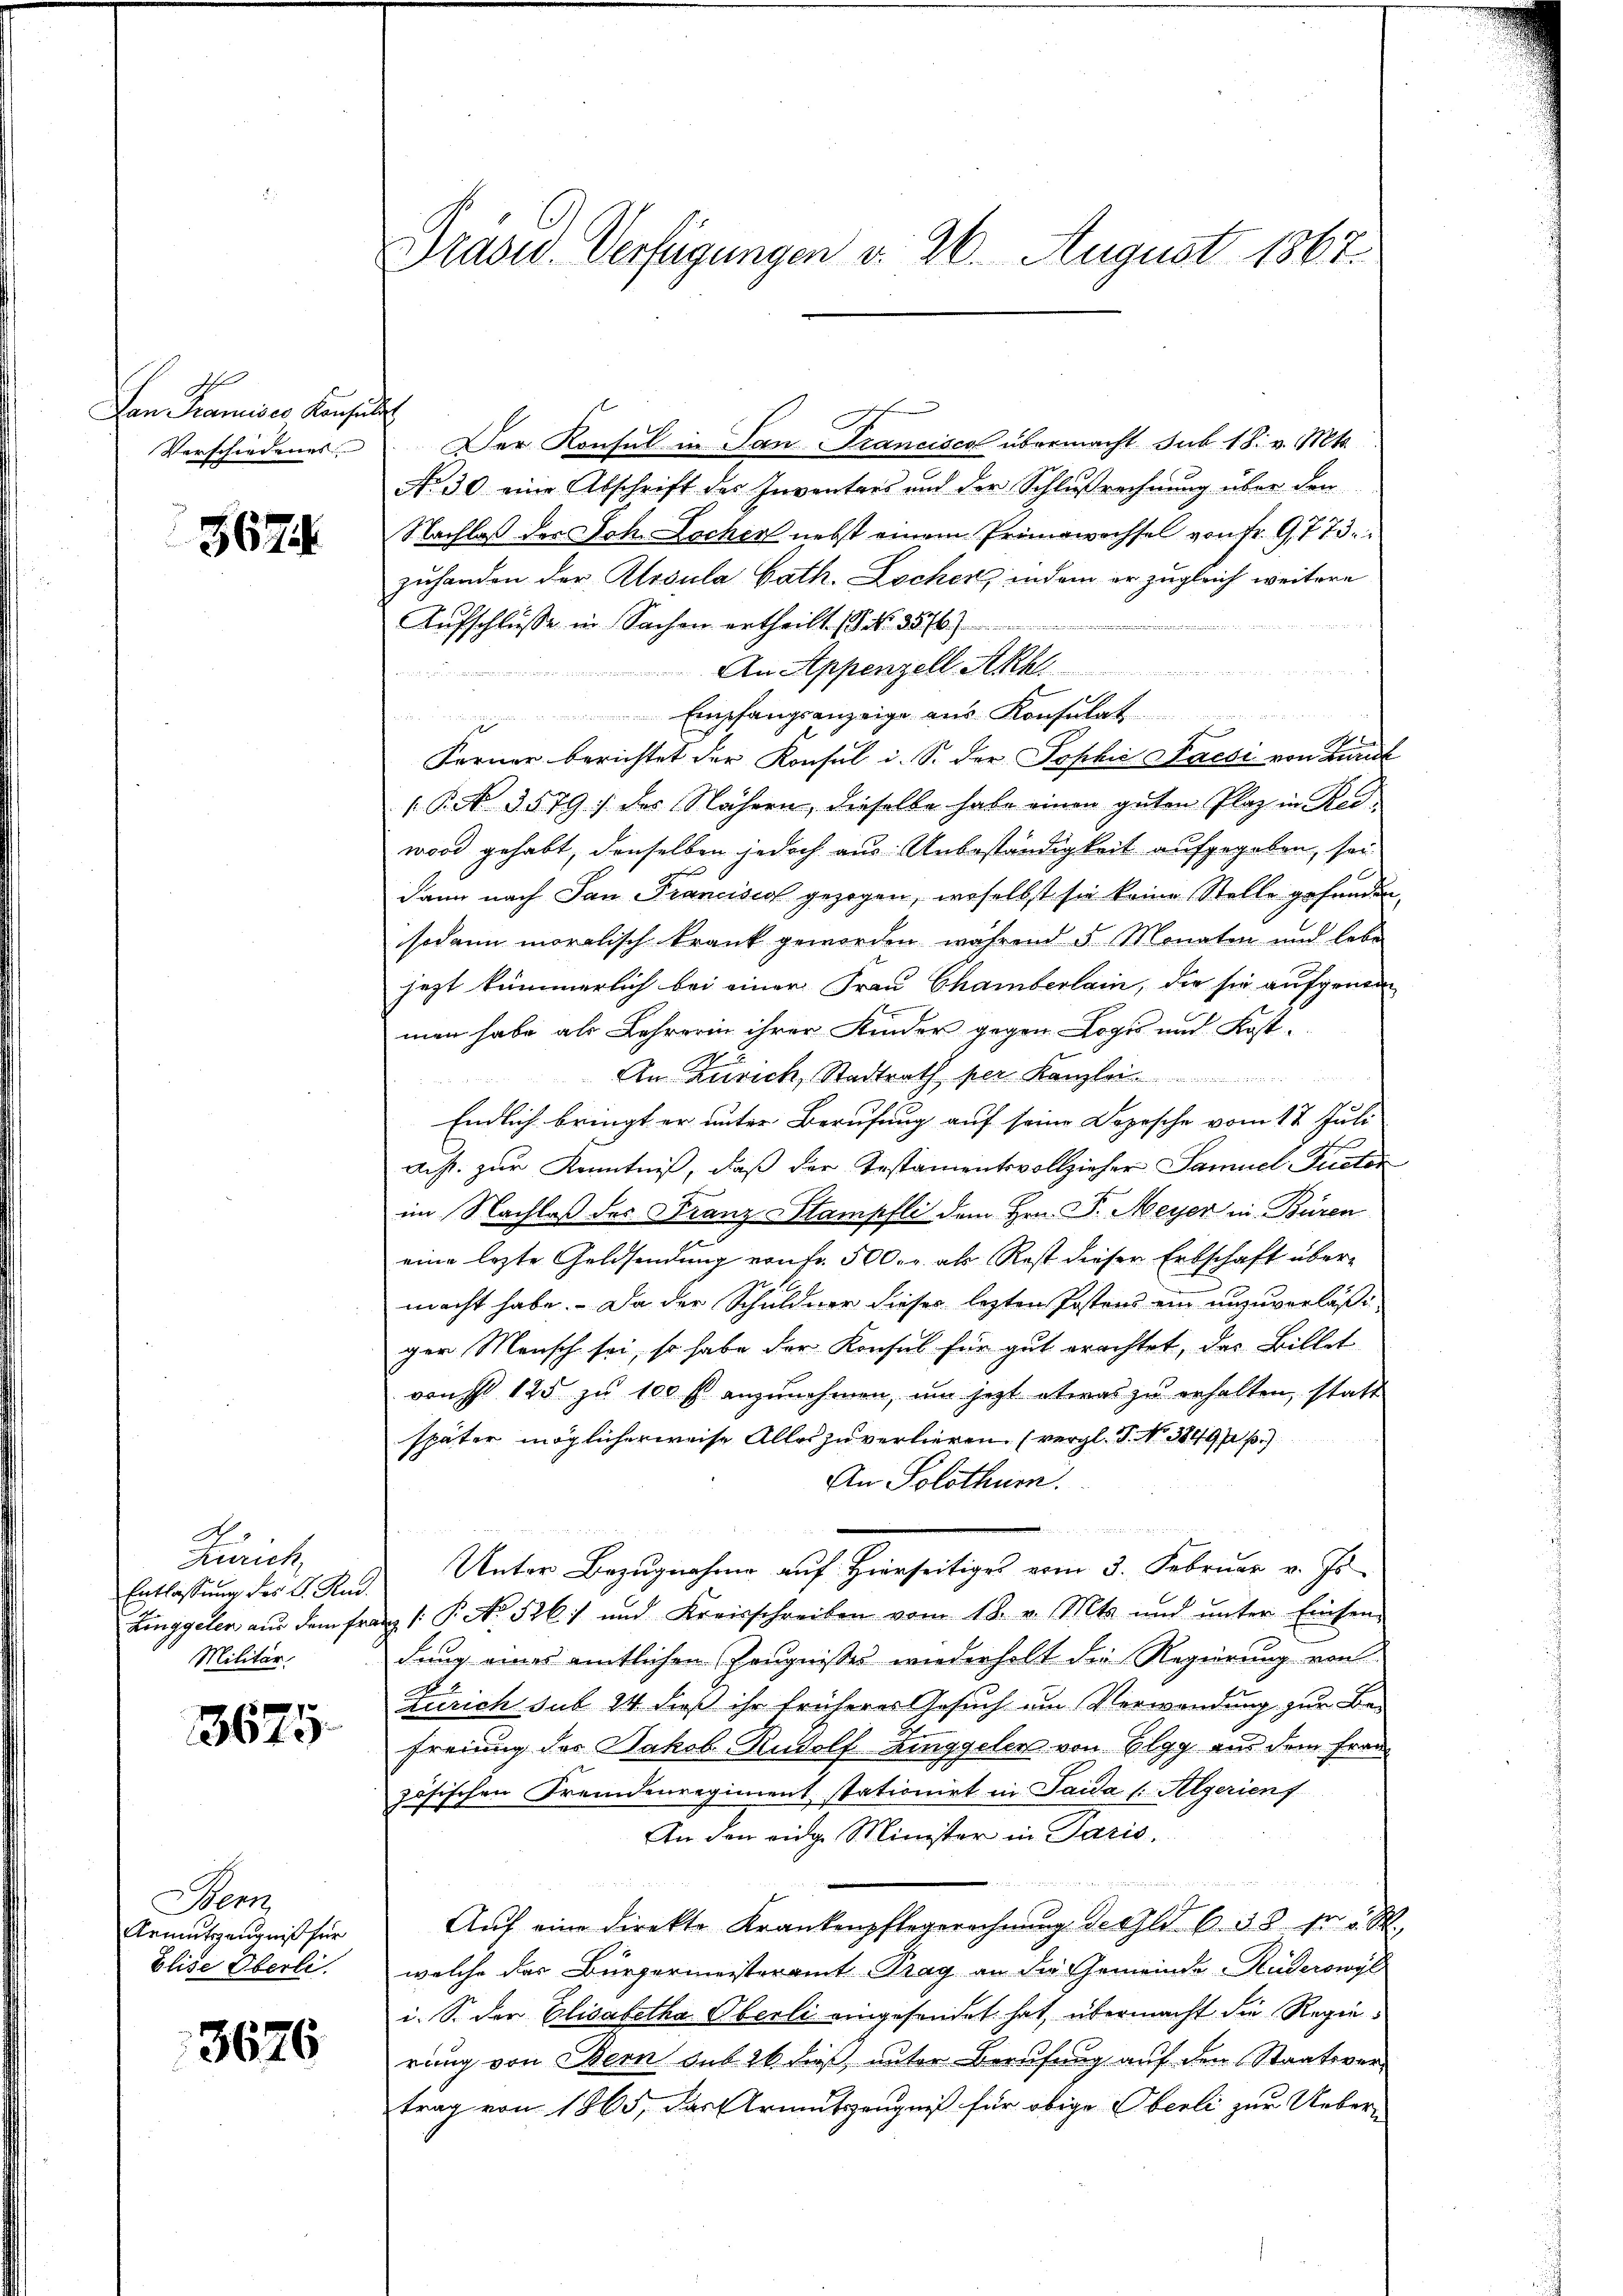
I
Lan Francises Konsuls

3674.

N.
Zürich,
Entlassung des C. Rud.
Militär.

13675

Sen
Armutszeugniß für
Elise Oberli.

3676

Verschiedener. Der Konsul in San Francisco übermacht sub 18. v. Mts.
No 30. eine Abschrift des Inventars und der Schlußrechnung über den
Nachlaß der Joh. Lochen nebst einem Primowachsel von fr. G. 773.
zuhanden der Klosula Cath. Locher, indem er zugleich weitere
Aŭfschlüsse in Sachen ertheilt. ( Nr. 3576)
n
An Appenzell Akhl

Empfangsanzeige aus Konsulat

Ferner berichtet der Konsul i. S. der Sophie Facti von Kundl
(P. Nr. 3579) des Nähern, dieselbe habe einen guten Plaz in Red
mord gehabt, denselben jedoch aus Unbeständigkeit aufgegeben, sei
dann nach San Francisco gezogen, woselbst sie keine Stelle gefunden,
sodann moralisch krank geworden während 5 Monaten und lebe
jezt kümmerlich bei einer Frau Chamberlain, die sie aufgenom
men habe als Lehrerin ihrer Kinder gegen Logis und Kost-
An Zürich, Stadtrath per Kanzle
Endlich bringt er unter Berufung auf seine Dozische vom 17. Juli
auf. zur Kenntniß, daß der Testamentsvollzieher Samuel Fuctor
im Nachlaß des Franz-Stampfli dem Hrn. P. Meyer in Büren
e
eine lezte Geldsendung von fr. 500. r. als Rest dieser Erbschaft übermacht habe. Da der Schuldner dieses lezten Postens ein unzuverläßi
ger Mensch sei, so habe der Konsul für gut erachtet, das Billet
von 125 zu 100 fl anzunehmen, um jetzt etwas zu erhalten, statt
später möglicherweise Alles zu verlieren. (vergl. P. Nr. 3849/ B.)
An Solothur.
Unter Bezugnahme auf Hierseitiges vom 3. Februar v. Js
Zinggelen aus dem franz /: P. No. 526) und Kreisschreiben vom 18. v. Mts. und ŭnter Einsen-
dung eines amtlichen Zeugnisses wiederholt die Regierung von
Zürich sub 24 dieß ihr früheres Gesuch um Verwendung zur Be-
freiung des Jakob Rudolf Zinggelen von Elgg aus dem Franz
zösischen Fremdenregiment stationirt in Paida /: Algerienf
An den eidge Minister in Paris.
r

Aŭf eine direkte Krankenpflegerechŭng deshld 6. 38 fr
welche das Bürgermeisteramt Prag an die Gemeinde Ruderswyl
i. S. der Elisabetha Oberli eingesendet hat, übermacht die Regierung von Bern sub 26 dieß, unter Berufung auf den Staatsvertrag von 1865, das Armutszeugniß für obige Oberli zur Ueber¬

Dradus. Verfügungen v. 26. August 1867.